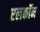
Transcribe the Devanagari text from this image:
एलकॉन